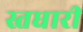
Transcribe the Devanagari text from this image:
स्तधारी